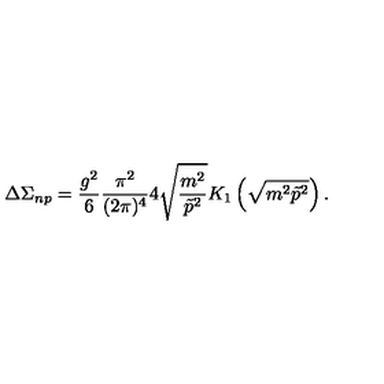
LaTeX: \Delta \Sigma _ { n p } = \frac { g ^ { 2 } } 6 \frac { \pi ^ { 2 } } { ( 2 \pi ) ^ { 4 } } 4 \sqrt { \frac { m ^ { 2 } } { \tilde { p } ^ { 2 } } } K _ { 1 } \left( \sqrt { m ^ { 2 } \tilde { p } ^ { 2 } } \right) .